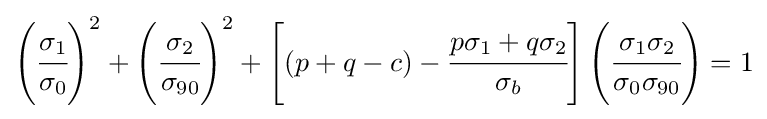
\left({\cfrac {\sigma _{1}}{\sigma _{0}}}\right)^{2}+\left({\cfrac {\sigma _{2}}{\sigma _{90}}}\right)^{2}+\left[(p+q-c)-{\cfrac {p\sigma _{1}+q\sigma _{2}}{\sigma _{b}}}\right]\left({\cfrac {\sigma _{1}\sigma _{2}}{\sigma _{0}\sigma _{90}}}\right)=1